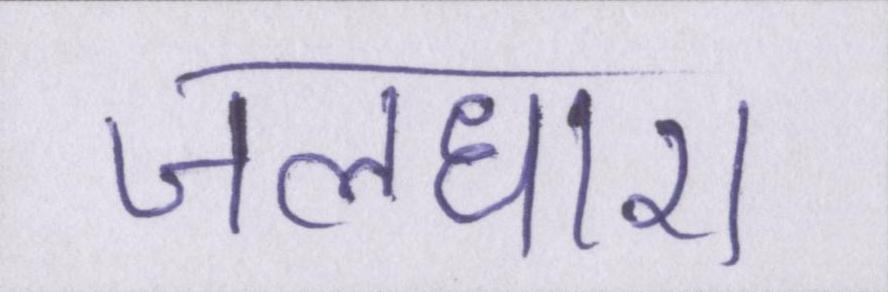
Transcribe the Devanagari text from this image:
जलधारा